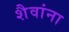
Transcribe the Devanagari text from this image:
शैवांना